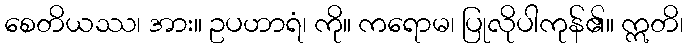
စေတိယဿ၊ အား။ ဥပဟာရံ၊ ကို။ ကရောမ၊ ပြုလိုပါကုန်၏။ ဣတိ၊